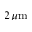
2 \, \mu \mathrm m